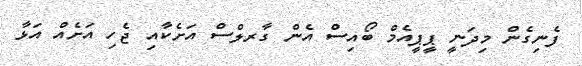
ފެނިގެން މިދަނީ ޕީޕީއެމް ބޯއިސްް އެން ގާރލްސް އަށެކާއި ޖެހި އަށެއް އަޅާ